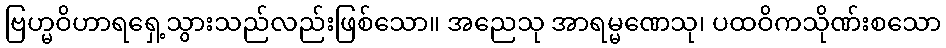
ဗြဟ္မဝိဟာရရှေ့သွားသည်လည်းဖြစ်သော။ အညေသု အာရမ္မဏေသု၊ ပထဝိကသိုဏ်းစသော